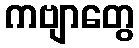
ကဗျာတွေ